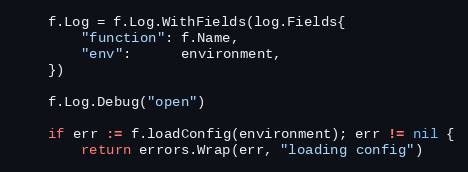
Language: Go
	f.Log = f.Log.WithFields(log.Fields{
		"function": f.Name,
		"env":      environment,
	})

	f.Log.Debug("open")

	if err := f.loadConfig(environment); err != nil {
		return errors.Wrap(err, "loading config")